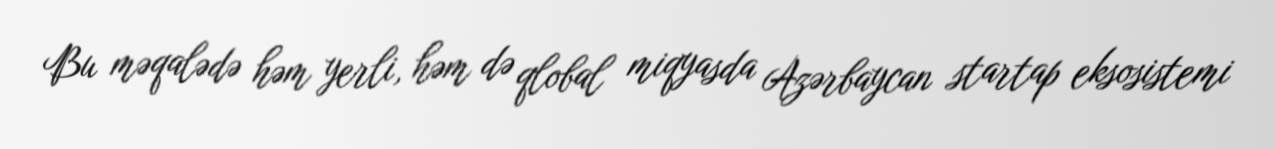
Bu məqalədə həm yerli, həm də qlobal miqyasda Azərbaycan startap eksosistemi